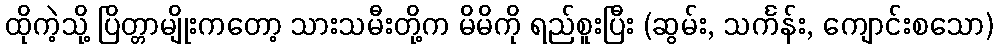
ထိုကဲ့သို့ ပြိတ္တာမျိုးကတော့ သားသမီးတို့က မိမိကို ရည်စူးပြီး (ဆွမ်း, သင်္ကန်း, ကျောင်းစသော)